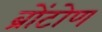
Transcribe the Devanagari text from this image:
ब्रोंटोण